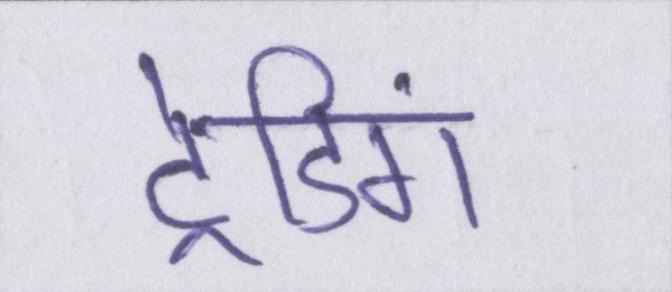
ट्रेडिंग